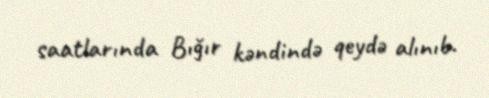
saatlarında Bığır kəndində qeydə alınıb.